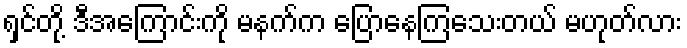
ရှင်တို့ ဒီအကြောင်းကို မနက်က ပြောနေကြသေးတယ် မဟုတ်လား